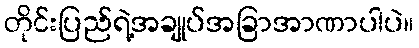
တိုင်းပြည်ရဲ့အချုပ်အခြာအာဏာပါပဲ။